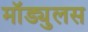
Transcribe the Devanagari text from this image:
मॉड्युलस